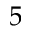
5